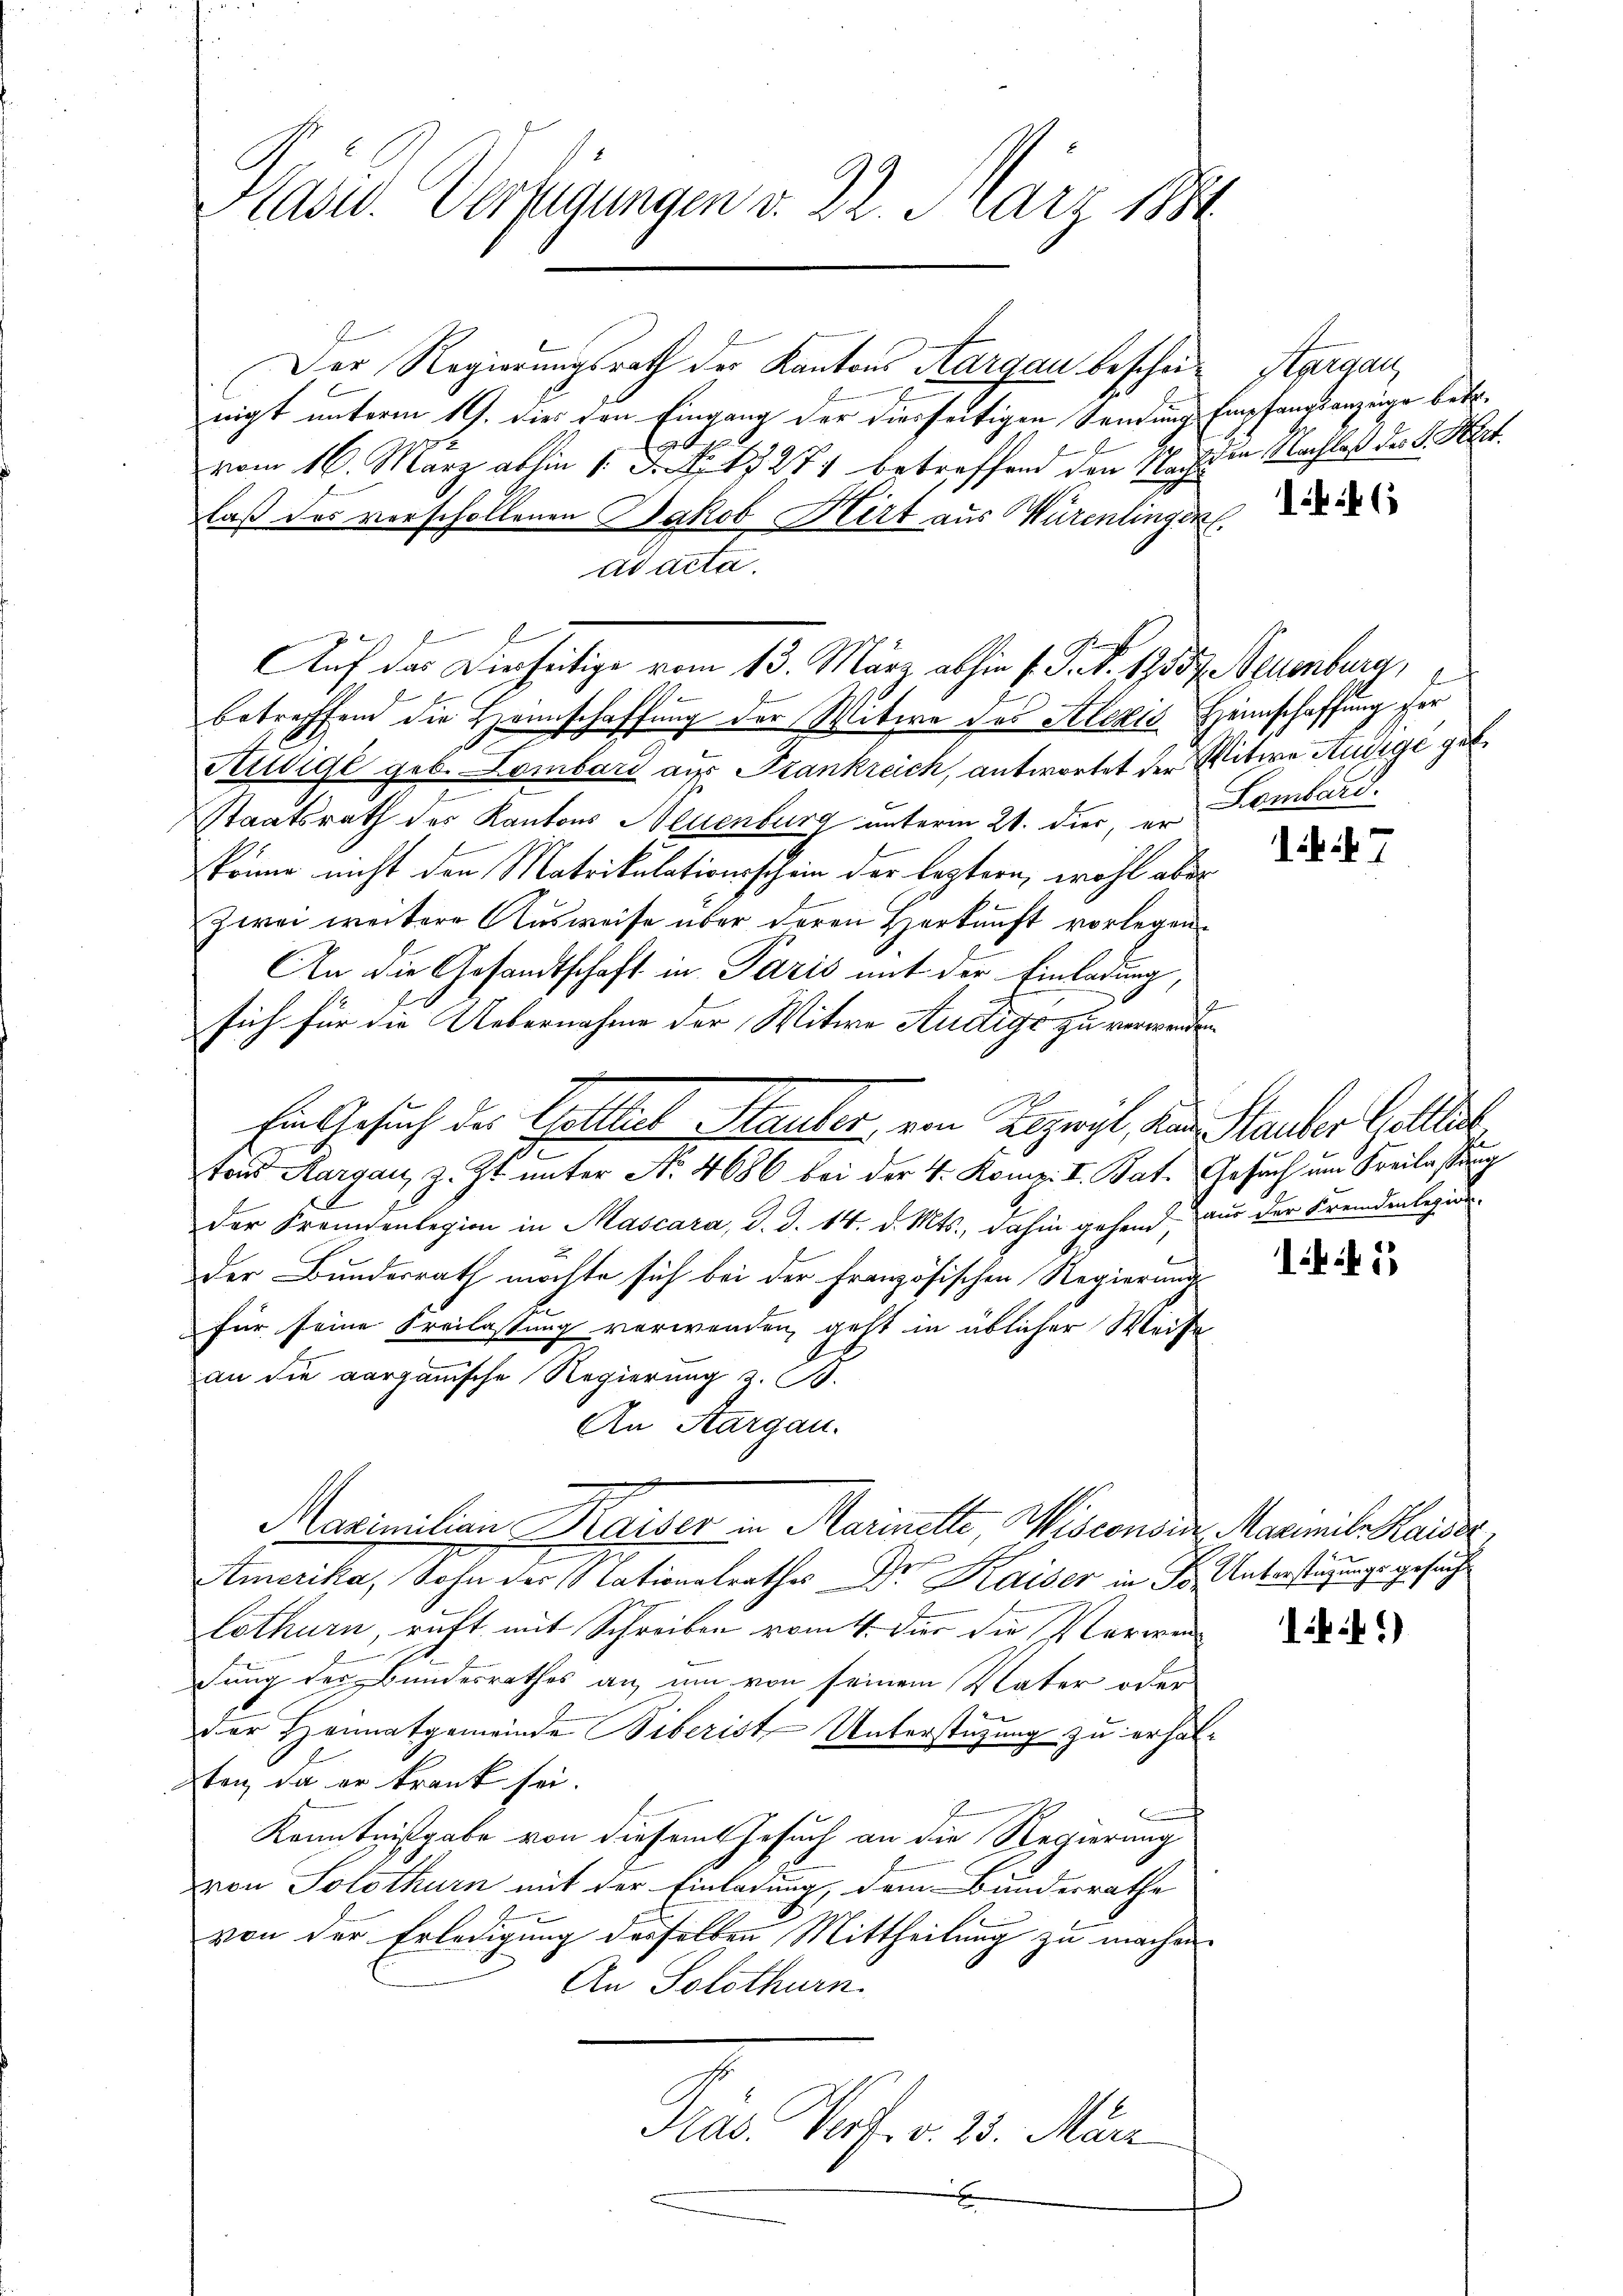
Präsid. Verfügungen v. 22. März 1881

Der Regierungsrath der Kantons Aargau bescheinigt unterm 19. dies den Eingang der dierseitigen Sendung Empfangsanzeige betr.
t
vom 16. März abhin 1 S. 271 betreffend den Nachten Nachlaß des K. Mart.
laß des verschollenen Jakob Hirt aus Würenlinger.
Ad acta.
betreffend die Heimschaffung der Witwe des Stlezis Heimschaffung der
Husige geb. Lombard aus Frankreich, antwortet der Witwe Ausige geb.
Staatsrath der Kantons Neuenburg unterm 21. Dier, er Lombard
könne nicht den Matrikulationsschein der leztern, wohl aber
zwei weitere Ausweise über deren Herkunft vorlegen
An die Gesandtschaft in Paris mit der Einladung,
sich für die Uebernahme der Witwe Audige zu verwenden.
8
Ein Gesuch des Gottlieb Sauter, von Erzwyl, den Stauber Gottlich
tons Aargau, z. Zt. unter No. 4686 bei der 4. Komp. I. Kat. Gesuch um Freilassung
der Fremdenlegion in Mascara, d. d. 14. d. Mts., dahin gehend, aus der Fremdenlegio
der Bundesrath möchte sich bei der französischen Regierungs
für seine Freilastung verwenden, geht in üblicher Weise
an die aargauische Regierung z. B.
An Aargau.
Maximilian Kaiser in Marinette, Wisconsia Maximil Kaiser,
Amerika, Sohn der Stationalrathes Dr. Kaiser in Fr. Unterstüzungsgesucht
lothurn, ruft mit Schreiben vom 4. Dir die Verwen
dung der Bundesrathes an um von seinem Vater oder
der Heimatgemeinde Biberist Unterstützung zu erhalten, da er krank sei.
Kenntnißgabe von diesem Gesuch an die Regierung
von Solothurn mit der Einladung, dem Bundesrathe
von der Erledigung derselben Mittheilung zu machen.
An Solothurn.
Präs. Verf. v. 23. März
x

Auf das Dieseitige vom 13. März abhin 1. P. Nr. 19557. Spuenburg,

Aarga

46

ibis 7

145

144)